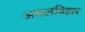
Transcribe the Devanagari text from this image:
अचलविहार